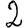
Digit: 2